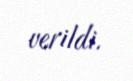
verildi.